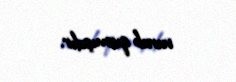
vurub qırmışdır.